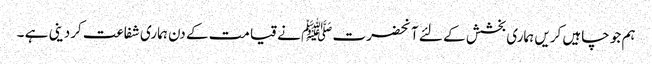
ہم جو چاہیں کریں ہماری بخشش کے لئے آنحضرت ﷺ نے قیامت کے دن ہماری شفاعت کردینی ہے ۔